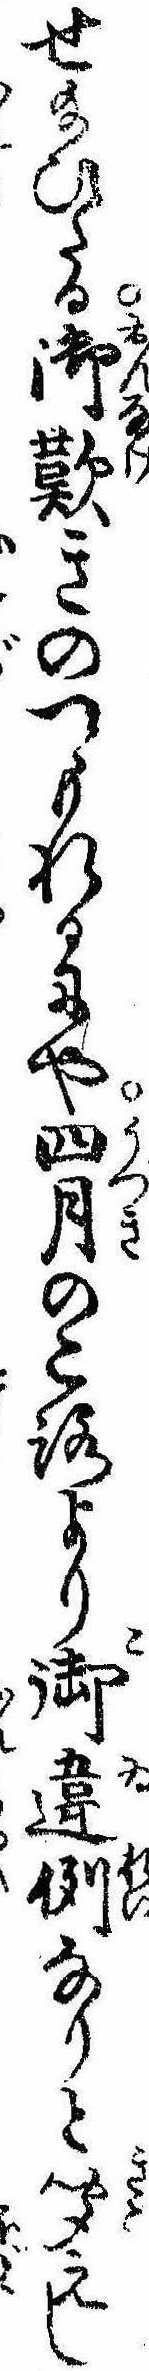
せ給ひたる御歎きのつもれるにや四月のころより御違例なりと聞えし